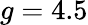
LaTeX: g=4.5